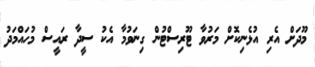
މޫދަށް އެރި އުޅެނިކޮށް މަރުވާ ޓޫރިސްޓުން ގިނަވުމާ އެކު ސީދާ ރައީސް މުހައްމަދު